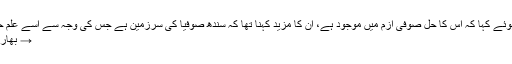
مراد علی شاہ نے انتہا پسندی کو ایک لعنت قرار دیتے ہوئے کہا کہ اس کا حل صوفی ازم میں موجود ہے، ان کا مزید کہنا تھا کہ سندھ صوفیا کی سرزمین ہے جس کی وجہ سے اسے علم حاصل کرنے کی جگہ اور امن کا گہوارا کہا جاتا ہے :-
→ بھارت کا شرابی بھینسا ایک ہفتے میں کتنی شراب پیتا ہے؟